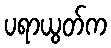
ပရာယွတ်က